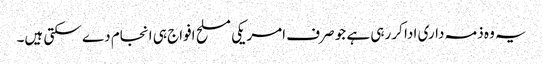
یہ وہ ذمہ داری ادا کر رہی ہے جو صرف امریکی مسلح افواج ہی انجام دے سکتی ہیں۔